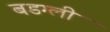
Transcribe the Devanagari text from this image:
बडग्ली